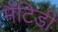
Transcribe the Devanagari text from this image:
मैंटिडी